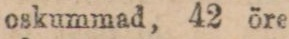
” oskummad, 42 öre